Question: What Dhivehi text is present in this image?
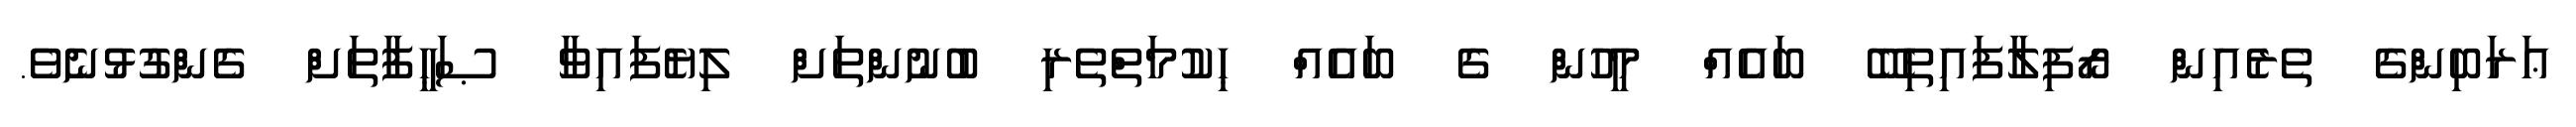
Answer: ޢަރަބިންގެ ތެރެއިން ރޯފިލާފައިތިބޭ ބައެއް މީހުން ގެ ބައެއް ޙިކުމަތްތެރި ބުނުންތަށް ލިޔެފައިވާ ޞަޙީފާތަށް ގެންގުޅުނެވެ.